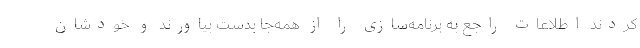
‌کردند اطلاعات راجع به برنامه‌سازی را از همه‌جا بدست بیاورند و خودشان